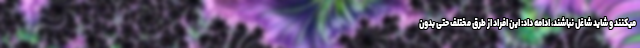
میکنند و شاید شاغل نباشند، ادامه داد: این افراد از طرق مختلف حتی بدون